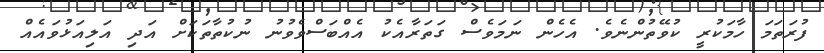
ފުރަތަމަ ހާމަކުރީ ކުވޭތުންނެވެ. އެހެން ނަމަވެސް ގަތަރާއެކު އެއްބަސްވެވުނު ނުކުތާތަކަށް އަދި އަލިއަޅުވައެއް